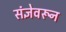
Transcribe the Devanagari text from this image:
संज्ञेवरून